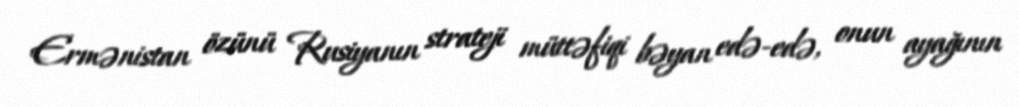
Ermənistan özünü Rusiyanın strateji müttəfiqi bəyan edə-edə, onun ayağının